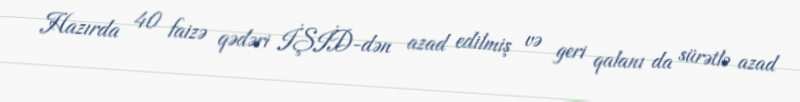
Hazırda 40 faizə qədəri İŞİD-dən azad edilmiş və geri qalanı da sürətlə azad